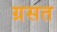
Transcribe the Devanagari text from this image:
ग्रसत